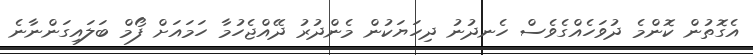
އެގޮތުން ކޮންމެ ދުވަހެއްގެވެސް ހެނދުނު ދިހަޔަކުން މެންދުރު ދޭއްޖެހުމާ ހަމައަށް ފޯމް ބަލައިގަންނާނެ